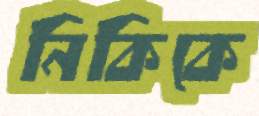
নিকিকে